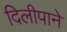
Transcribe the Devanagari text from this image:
दिलीपाने